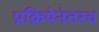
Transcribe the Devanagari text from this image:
प्रक्रियेनंतरच